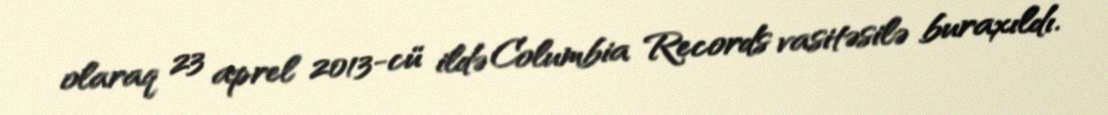
olaraq 23 aprel 2013-cü ildə Columbia Records vasitəsilə buraxıldı.